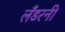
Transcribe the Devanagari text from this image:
लँडरनी